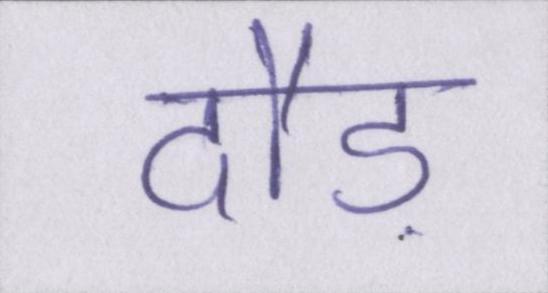
दौड़